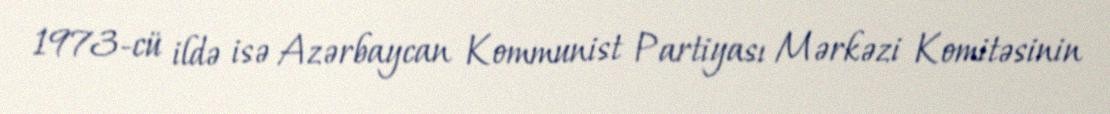
1973-cü ildə isə Azərbaycan Kommunist Partiyası Mərkəzi Komitəsinin